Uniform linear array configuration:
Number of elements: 32
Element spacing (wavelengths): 0.5
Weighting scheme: binomial
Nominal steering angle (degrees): -15
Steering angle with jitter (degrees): -13.435
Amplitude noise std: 0.05
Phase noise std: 0.05

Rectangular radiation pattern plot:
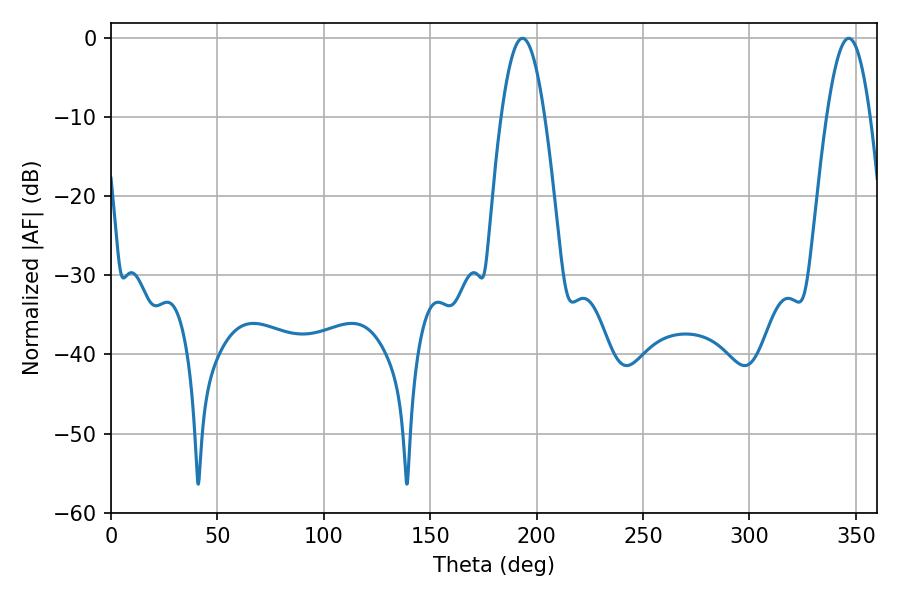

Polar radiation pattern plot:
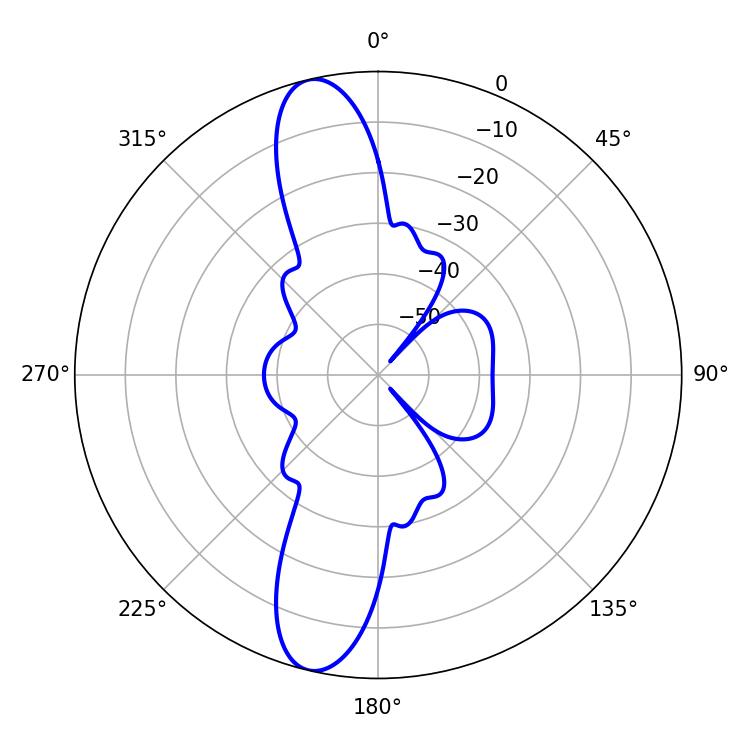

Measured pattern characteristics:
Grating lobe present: FALSE
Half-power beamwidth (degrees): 10.98
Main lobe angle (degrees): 193.32